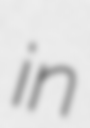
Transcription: in